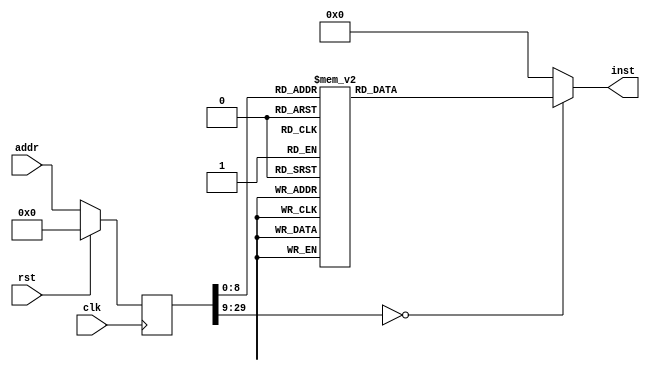
module ISR(input clk, input rst, input [29:0] addr, output reg [31:0] inst);
reg [29:0] addr_r;
always @(posedge clk)
begin
addr_r <= (rst) ? (30'b0) : (addr);
end
always @(*)
begin
case(addr_r)
30'h00000000: inst = 32'h27bdffec;
30'h00000001: inst = 32'hafbf0010;
30'h00000002: inst = 32'h401a6800;
30'h00000003: inst = 32'h401b6000;
30'h00000004: inst = 32'h00000000;
30'h00000005: inst = 32'h337bfc00;
30'h00000006: inst = 32'h035bd024;
30'h00000007: inst = 32'h335b8000;
30'h00000008: inst = 32'h1f60000a;
30'h00000009: inst = 32'h00000000;
30'h0000000a: inst = 32'h335b4000;
30'h0000000b: inst = 32'h1f60007d;
30'h0000000c: inst = 32'h00000000;
30'h0000000d: inst = 32'h335b0800;
30'h0000000e: inst = 32'h1f600086;
30'h0000000f: inst = 32'h00000000;
30'h00000010: inst = 32'h335b0400;
30'h00000011: inst = 32'h1f6000a3;
30'h00000012: inst = 32'h00000000;
30'h00000013: inst = 32'h3c1b1fff;
30'h00000014: inst = 32'h8f7a002c;
30'h00000015: inst = 32'h241b003c;
30'h00000016: inst = 32'h0c0000e2;
30'h00000017: inst = 32'h275a0001;
30'h00000018: inst = 32'h3c1b1fff;
30'h00000019: inst = 32'h8f7b0028;
30'h0000001a: inst = 32'h00000000;
30'h0000001b: inst = 32'h037ad021;
30'h0000001c: inst = 32'h3c1b1fff;
30'h0000001d: inst = 32'haf7a0028;
30'h0000001e: inst = 32'h8f7a002c;
30'h0000001f: inst = 32'h241b003c;
30'h00000020: inst = 32'h0c000103;
30'h00000021: inst = 32'h275a0001;
30'h00000022: inst = 32'h3c1b1fff;
30'h00000023: inst = 32'haf7a002c;
30'h00000024: inst = 32'h8f7a0024;
30'h00000025: inst = 32'h00000000;
30'h00000026: inst = 32'h1b400005;
30'h00000027: inst = 32'h00000000;
30'h00000028: inst = 32'h8f7a002c;
30'h00000029: inst = 32'h8f7b0028;
30'h0000002a: inst = 32'h0c000039;
30'h0000002b: inst = 32'h00000000;
30'h0000002c: inst = 32'h401b5800;
30'h0000002d: inst = 32'h3c1a02fa;
30'h0000002e: inst = 32'h375af080;
30'h0000002f: inst = 32'h035bd821;
30'h00000030: inst = 32'h409b5800;
30'h00000031: inst = 32'h00000000;
30'h00000032: inst = 32'h401b6800;
30'h00000033: inst = 32'h3c1affff;
30'h00000034: inst = 32'h375a7fff;
30'h00000035: inst = 32'h037ad824;
30'h00000036: inst = 32'h409b6800;
30'h00000037: inst = 32'h08000111;
30'h00000038: inst = 32'h00000000;
30'h00000039: inst = 32'h27bdffec;
30'h0000003a: inst = 32'hafa80010;
30'h0000003b: inst = 32'hafbf000c;
30'h0000003c: inst = 32'hafa90008;
30'h0000003d: inst = 32'h03404021;
30'h0000003e: inst = 32'h03604821;
30'h0000003f: inst = 32'h001bd021;
30'h00000040: inst = 32'h0c0000e2;
30'h00000041: inst = 32'h241b000a;
30'h00000042: inst = 32'h0c00005f;
30'h00000043: inst = 32'h275a0030;
30'h00000044: inst = 32'h241b000a;
30'h00000045: inst = 32'h0c000103;
30'h00000046: inst = 32'h0009d021;
30'h00000047: inst = 32'h0c00005f;
30'h00000048: inst = 32'h275a0030;
30'h00000049: inst = 32'h0c00005f;
30'h0000004a: inst = 32'h241a003a;
30'h0000004b: inst = 32'h0100d021;
30'h0000004c: inst = 32'h0c0000e2;
30'h0000004d: inst = 32'h241b000a;
30'h0000004e: inst = 32'h0c00005f;
30'h0000004f: inst = 32'h275a0030;
30'h00000050: inst = 32'h241b000a;
30'h00000051: inst = 32'h0c000103;
30'h00000052: inst = 32'h0008d021;
30'h00000053: inst = 32'h0c00005f;
30'h00000054: inst = 32'h275a0030;
30'h00000055: inst = 32'h0c00005f;
30'h00000056: inst = 32'h241a000d;
30'h00000057: inst = 32'h0c00005f;
30'h00000058: inst = 32'h241a000a;
30'h00000059: inst = 32'h8fa80010;
30'h0000005a: inst = 32'h8fa90008;
30'h0000005b: inst = 32'h8fbf000c;
30'h0000005c: inst = 32'h27bd0014;
30'h0000005d: inst = 32'h03e00008;
30'h0000005e: inst = 32'h00000000;
30'h0000005f: inst = 32'h27bdffe8;
30'h00000060: inst = 32'hafaa0014;
30'h00000061: inst = 32'hafbf0010;
30'h00000062: inst = 32'hafa8000c;
30'h00000063: inst = 32'hafa90008;
30'h00000064: inst = 32'hafba0004;
30'h00000065: inst = 32'hafbb0000;
30'h00000066: inst = 32'h3c1b8000;
30'h00000067: inst = 32'h8f7b0000;
30'h00000068: inst = 32'h00000000;
30'h00000069: inst = 32'h1f600015;
30'h0000006a: inst = 32'h00000000;
30'h0000006b: inst = 32'h3c081fff;
30'h0000006c: inst = 32'h8d1a0004;
30'h0000006d: inst = 32'h00000000;
30'h0000006e: inst = 32'h275a0001;
30'h0000006f: inst = 32'h0c000103;
30'h00000070: inst = 32'h241b0014;
30'h00000071: inst = 32'h8d090008;
30'h00000072: inst = 32'h03405021;
30'h00000073: inst = 32'h113a000d;
30'h00000074: inst = 32'h00000000;
30'h00000075: inst = 32'h8d1a0004;
30'h00000076: inst = 32'h2508000c;
30'h00000077: inst = 32'h0348d821;
30'h00000078: inst = 32'h8fa90004;
30'h00000079: inst = 32'h00000000;
30'h0000007a: inst = 32'ha3690000;
30'h0000007b: inst = 32'h0140d021;
30'h0000007c: inst = 32'h3c081fff;
30'h0000007d: inst = 32'h08000081;
30'h0000007e: inst = 32'had1a0004;
30'h0000007f: inst = 32'h3c1b8000;
30'h00000080: inst = 32'haf7a0008;
30'h00000081: inst = 32'h8faa0014;
30'h00000082: inst = 32'h8fbf0010;
30'h00000083: inst = 32'h8fa8000c;
30'h00000084: inst = 32'h8fa90008;
30'h00000085: inst = 32'h8fba0004;
30'h00000086: inst = 32'h8fbb0000;
30'h00000087: inst = 32'h03e00008;
30'h00000088: inst = 32'h27bd0018;
30'h00000089: inst = 32'h3c1b1fff;
30'h0000008a: inst = 32'h8f7a0000;
30'h0000008b: inst = 32'h00000000;
30'h0000008c: inst = 32'h275a0001;
30'h0000008d: inst = 32'haf7a0000;
30'h0000008e: inst = 32'h401b6800;
30'h0000008f: inst = 32'h3c1affff;
30'h00000090: inst = 32'h375abfff;
30'h00000091: inst = 32'h037ad824;
30'h00000092: inst = 32'h409b6800;
30'h00000093: inst = 32'h08000111;
30'h00000094: inst = 32'h00000000;
30'h00000095: inst = 32'h3c1a1fff;
30'h00000096: inst = 32'h8f5b0004;
30'h00000097: inst = 32'h8f5a0008;
30'h00000098: inst = 32'h00000000;
30'h00000099: inst = 32'h135b0014;
30'h0000009a: inst = 32'h00000000;
30'h0000009b: inst = 32'h3c1b1fff;
30'h0000009c: inst = 32'h277b000c;
30'h0000009d: inst = 32'h037ad821;
30'h0000009e: inst = 32'h837b0000;
30'h0000009f: inst = 32'h3c1a8000;
30'h000000a0: inst = 32'h8f5a0000;
30'h000000a1: inst = 32'h00000000;
30'h000000a2: inst = 32'h1b40000b;
30'h000000a3: inst = 32'h00000000;
30'h000000a4: inst = 32'h3c1a8000;
30'h000000a5: inst = 32'haf5b0008;
30'h000000a6: inst = 32'h3c1a1fff;
30'h000000a7: inst = 32'h8f5a0008;
30'h000000a8: inst = 32'h00000000;
30'h000000a9: inst = 32'h275a0001;
30'h000000aa: inst = 32'h0c000103;
30'h000000ab: inst = 32'h241b0014;
30'h000000ac: inst = 32'h3c1b1fff;
30'h000000ad: inst = 32'haf7a0008;
30'h000000ae: inst = 32'h401b6800;
30'h000000af: inst = 32'h3c1affff;
30'h000000b0: inst = 32'h375af7ff;
30'h000000b1: inst = 32'h037ad824;
30'h000000b2: inst = 32'h409b6800;
30'h000000b3: inst = 32'h08000111;
30'h000000b4: inst = 32'h00000000;
30'h000000b5: inst = 32'h3c1a8000;
30'h000000b6: inst = 32'h8f5b0004;
30'h000000b7: inst = 32'h00000000;
30'h000000b8: inst = 32'h1b600058;
30'h000000b9: inst = 32'h00000000;
30'h000000ba: inst = 32'h8f5a000c;
30'h000000bb: inst = 32'h0c00005f;
30'h000000bc: inst = 32'h00000000;
30'h000000bd: inst = 32'h241b0065;
30'h000000be: inst = 32'h137a0012;
30'h000000bf: inst = 32'h00000000;
30'h000000c0: inst = 32'h241b0064;
30'h000000c1: inst = 32'h137a0013;
30'h000000c2: inst = 32'h00000000;
30'h000000c3: inst = 32'h241b0072;
30'h000000c4: inst = 32'h137a0013;
30'h000000c5: inst = 32'h00000000;
30'h000000c6: inst = 32'h241b0052;
30'h000000c7: inst = 32'h137a0010;
30'h000000c8: inst = 32'h00000000;
30'h000000c9: inst = 32'h241b0076;
30'h000000ca: inst = 32'h137a000d;
30'h000000cb: inst = 32'h00000000;
30'h000000cc: inst = 32'h241b0056;
30'h000000cd: inst = 32'h137a000a;
30'h000000ce: inst = 32'h00000000;
30'h000000cf: inst = 32'h080000db;
30'h000000d0: inst = 32'h00000000;
30'h000000d1: inst = 32'h3c1b1fff;
30'h000000d2: inst = 32'h241a0001;
30'h000000d3: inst = 32'h080000db;
30'h000000d4: inst = 32'haf7a0024;
30'h000000d5: inst = 32'h3c1b1fff;
30'h000000d6: inst = 32'h080000db;
30'h000000d7: inst = 32'haf600024;
30'h000000d8: inst = 32'h3c1a1fff;
30'h000000d9: inst = 32'h080000db;
30'h000000da: inst = 32'haf5b0020;
30'h000000db: inst = 32'h401b6800;
30'h000000dc: inst = 32'h3c1affff;
30'h000000dd: inst = 32'h375afbff;
30'h000000de: inst = 32'h037ad824;
30'h000000df: inst = 32'h409b6800;
30'h000000e0: inst = 32'h08000111;
30'h000000e1: inst = 32'h00000000;
30'h000000e2: inst = 32'h27bdffec;
30'h000000e3: inst = 32'hafbf0010;
30'h000000e4: inst = 32'hafa4000c;
30'h000000e5: inst = 32'hafa80008;
30'h000000e6: inst = 32'h00002024;
30'h000000e7: inst = 32'h035b402b;
30'h000000e8: inst = 32'h1d000004;
30'h000000e9: inst = 32'h00000000;
30'h000000ea: inst = 32'h035bd023;
30'h000000eb: inst = 32'h080000e7;
30'h000000ec: inst = 32'h24840001;
30'h000000ed: inst = 32'h0080d021;
30'h000000ee: inst = 32'h8fbf0010;
30'h000000ef: inst = 32'h8fa4000c;
30'h000000f0: inst = 32'h8fa80008;
30'h000000f1: inst = 32'h03e00008;
30'h000000f2: inst = 32'h27bd0014;
30'h000000f3: inst = 32'h27bdffec;
30'h000000f4: inst = 32'hafbf0010;
30'h000000f5: inst = 32'hafa4000c;
30'h000000f6: inst = 32'hafa80008;
30'h000000f7: inst = 32'h00002024;
30'h000000f8: inst = 32'h13600004;
30'h000000f9: inst = 32'h00000000;
30'h000000fa: inst = 32'h277bffff;
30'h000000fb: inst = 32'h080000f8;
30'h000000fc: inst = 32'h009a2021;
30'h000000fd: inst = 32'h0080d021;
30'h000000fe: inst = 32'h8fbf0010;
30'h000000ff: inst = 32'h8fa4000c;
30'h00000100: inst = 32'h8fa80008;
30'h00000101: inst = 32'h03e00008;
30'h00000102: inst = 32'h27bd0014;
30'h00000103: inst = 32'h27bdffec;
30'h00000104: inst = 32'hafbf0010;
30'h00000105: inst = 32'hafa4000c;
30'h00000106: inst = 32'hafa80008;
30'h00000107: inst = 32'h035b402b;
30'h00000108: inst = 32'h1d000003;
30'h00000109: inst = 32'h00000000;
30'h0000010a: inst = 32'h08000107;
30'h0000010b: inst = 32'h035bd023;
30'h0000010c: inst = 32'h8fbf0010;
30'h0000010d: inst = 32'h8fa4000c;
30'h0000010e: inst = 32'h8fa80008;
30'h0000010f: inst = 32'h03e00008;
30'h00000110: inst = 32'h27bd0014;
30'h00000111: inst = 32'h8fbf0010;
30'h00000112: inst = 32'h27bd0014;
30'h00000113: inst = 32'h401a7000;
30'h00000114: inst = 32'h401b6000;
30'h00000115: inst = 32'h00000000;
30'h00000116: inst = 32'h377b0001;
30'h00000117: inst = 32'h409b6000;
30'h00000118: inst = 32'h03400008;
30'h00000119: inst = 32'h00000000;
default:      inst = 32'h00000000;
endcase
end
endmodule